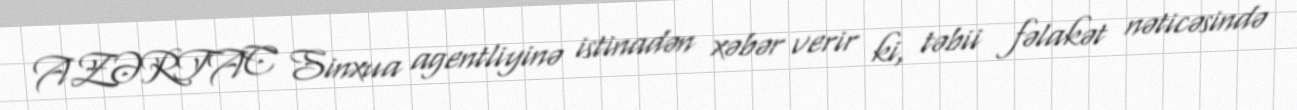
AZƏRTAC Sinxua agentliyinə istinadən xəbər verir ki, təbii fəlakət nəticəsində